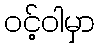
ဝင့်ဝါမှာ